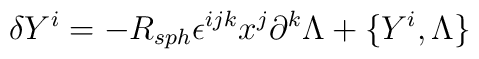
\delta Y^i = -R_{sph} \epsilon^{ijk} x^j \partial^k \Lambda + \{Y^i , \Lambda \}